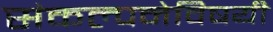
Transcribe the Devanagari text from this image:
संकल्पनेविषयी